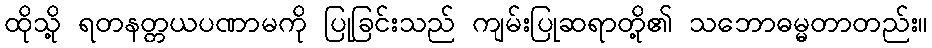
ထိုသို့ ရတနတ္တယပဏာမကို ပြုခြင်းသည် ကျမ်းပြုဆရာတို့၏ သဘောဓမ္မတာတည်း။